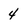
Character: 4